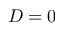
D = 0